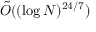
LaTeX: { \tilde { O } } ( ( \log N ) ^ { 2 4 / 7 } )